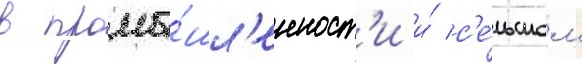
в промы́шл'енност'и и́ с'е́льском